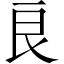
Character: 良